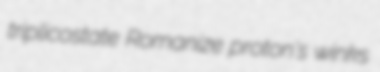
triplicostate Romanize proton's winks